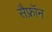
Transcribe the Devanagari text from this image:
सैफ्रॉन